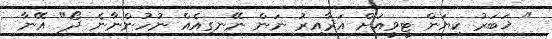
" ޚަބަރު ކިޔަން ޓީވީއަށް އަރާއިރު ނަން ނޭނގިއެއް ނުހުންނާނެ ދޯ" އޭނާ